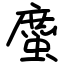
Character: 䗪